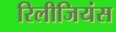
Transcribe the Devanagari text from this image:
रिलीजियंस